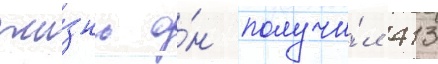
жи́знь о́н получи́л 413